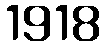
1918